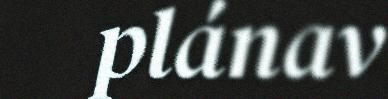
plánav